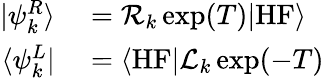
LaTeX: \begin{array}{rl}{\vert\psi_{k}^{R}\rangle}&{{}=\mathcal{R}_{k}\exp(T)\vert\mathrm{HF}\rangle}\\ {\langle\psi_{k}^{L}\vert}&{{}=\langle\mathrm{HF}\vert\mathcal{L}_{k}\exp(-T)}\end{array}